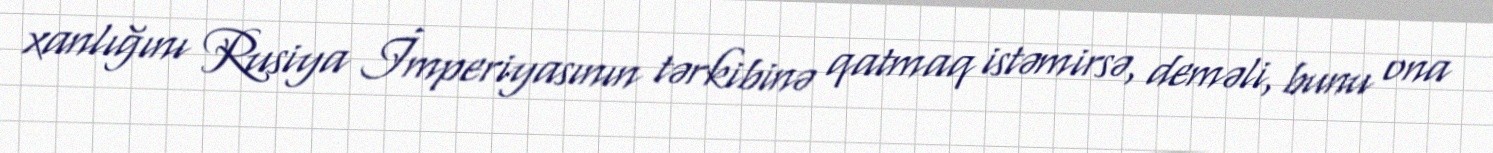
xanlığını Rusiya İmperiyasının tərkibinə qatmaq istəmirsə, deməli, bunu ona